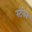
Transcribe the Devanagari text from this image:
स्टॅनने